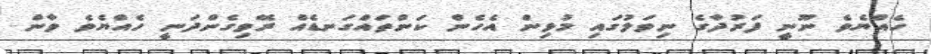
ހެއްޔެވެ ނޫނީ ފަރުދާގެ ނިވަލުގައި މުޅިން އެހެން ކަންތައްގަނޑެއް ރޭވިގެންދަނީ ހެއްޔެވެ ވާން